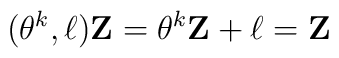
(\theta ^k, {\bf \ell}){\bf Z}=\theta ^k {\bf Z}+{\bf \ell}={\bf Z}